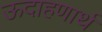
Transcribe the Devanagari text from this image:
ऊदाहणार्थ